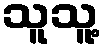
သူသူ့